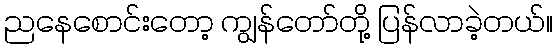
ညနေစောင်းတော့ ကျွန်တော်တို့ ပြန်လာခဲ့တယ်။